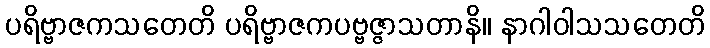
ပရိဗ္ဗာဇကသတေတိ ပရိဗ္ဗာဇကပဗ္ဗဇ္ဇာသတာနိ။ နာဂါဝါသသတေတိ